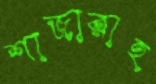
শাজারাহ্